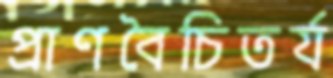
প্রাণবৈচিতর্য